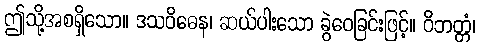
ဤသို့အစရှိသော။ ဒသဝိဓေန၊ ဆယ်ပါးသော ခွဲဝေခြင်းဖြင့်။ ဝိဘတ္တံ၊